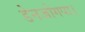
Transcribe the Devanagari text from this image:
डेनजोगपा।